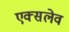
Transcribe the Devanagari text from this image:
एक्सलेव